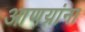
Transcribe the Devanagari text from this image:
आणय्रांना